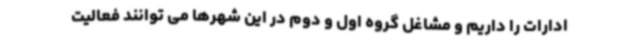
ادارات را داریم و مشاغل گروه اول و دوم در این شهرها می توانند فعالیت